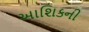
આશિકની